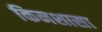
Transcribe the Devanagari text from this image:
किनशासा